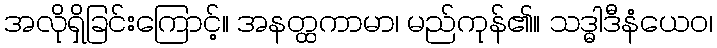
အလိုရှိခြင်းကြောင့်။ အနတ္ထကာမာ၊ မည်ကုန်၏။ သဒ္ဓါဒီနံယေဝ၊